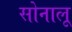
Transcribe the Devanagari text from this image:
सोनालू